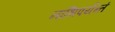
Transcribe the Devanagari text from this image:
नाभिपर्यन्तं